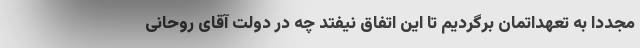
مجددا به تعهداتمان برگردیم تا این اتفاق نیفتد چه در دولت آقای روحانی